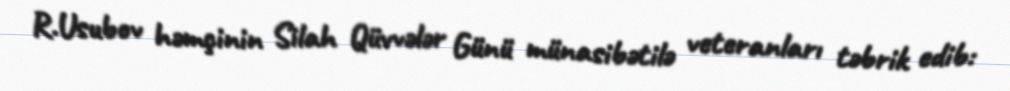
R.Usubov həmçinin Silah Qüvvələr Günü münasibətilə veteranları təbrik edib: